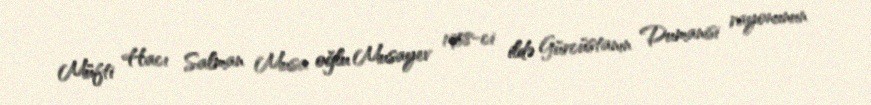
Müfti Hacı Salman Musa oğlu Musayev 1958-ci ildə Gürcüstanın Dumanisi rayonunun